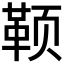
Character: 𬱭